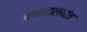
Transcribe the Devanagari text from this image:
वाचनालयांत